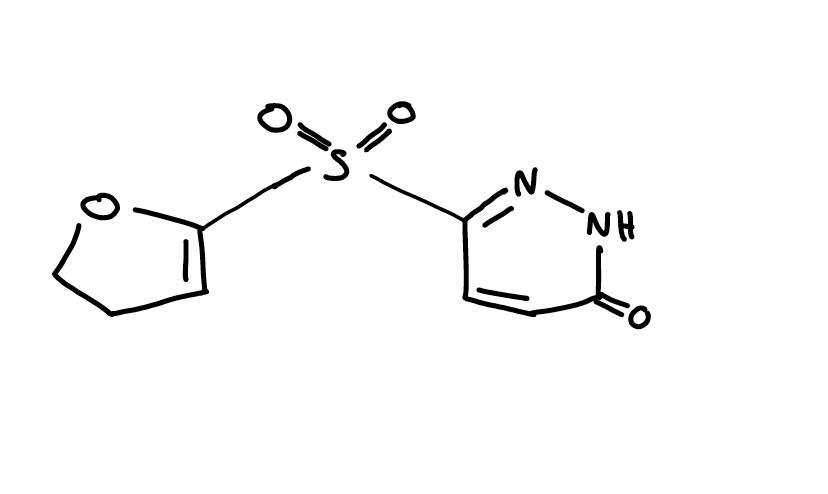
Simplified molecular-input line-entry system (SMILES) notation of the given molecule:
C1COC(=C1)S(=O)(=O)C2=NNC(=O)C=C2